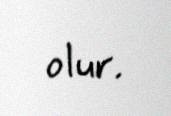
olur.